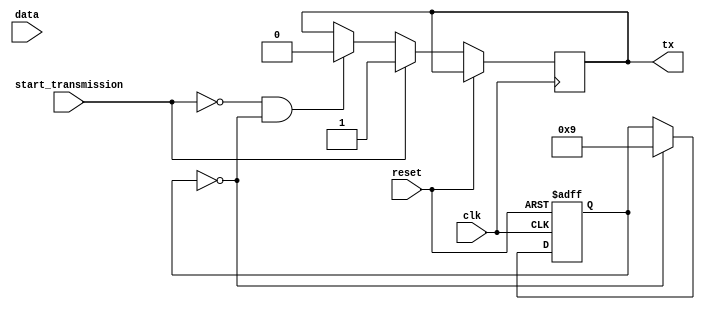
module uart_transmitter (
    input wire clk,
    input wire reset,
    input wire start_transmission,
    input wire [7:0] data,
    output reg tx
);

reg [3:0] baud_counter;
reg [9:0] shift_register;
reg transmit_data;

always @(posedge clk or posedge reset) begin
    if (reset) begin
        baud_counter <= 0;
        shift_register <= 10'b0;
    end else begin
        if (baud_counter == 0) begin
            baud_counter <= 9;
            shift_register <= {data, 1'b0};
            transmit_data <= 1;
        end else if (baud_counter == 1) begin
            transmit_data <= 0;
        end else begin
            shift_register <= {shift_register[8:0], 1'b0};
        end
        
        if (start_transmission) begin
            tx <= 1;
        end else if (!start_transmission && baud_counter == 0) begin
            tx <= 0;
        end
    end
end

endmodule